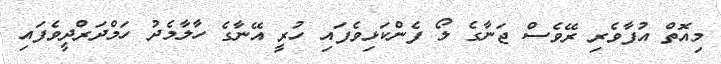
މިއޮތް އުފާވެރި ރޭވެސް ޖަނާގެ ލޯ ފެންކަޅިވެފައި ހުރީ އޭނާގެ ހާލާމެދު ހަމްދަރްދީވެފައި